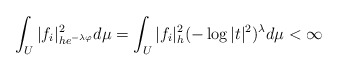
\begin{align*}\int_U |f_i|_{he^{-\lambda \varphi}}^2 d\mu=\int_U |f_i|^2_h(-\log |t|^2)^{\lambda} d\mu< \infty\end{align*}